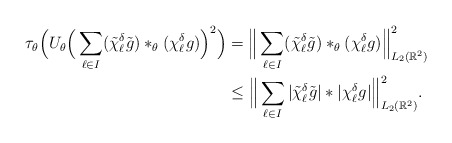
\begin{align*} \tau_\theta\Big( U_\theta\Big(\sum_{\ell\in I}(\tilde{\chi}_\ell^\delta \tilde{g})*_\theta(\chi_\ell^\delta g)\Big)^{2}\Big)&=\Big\|\sum_{\ell\in I}(\tilde{\chi}_\ell^\delta \tilde{g})*_\theta(\chi_\ell^\delta g)\Big\|_{L_2(\mathbb{R}^2)}^2\\ &\leq\Big\|\sum_{\ell\in I}|\tilde{\chi}_\ell^\delta \tilde{g}|*|\chi_\ell^\delta g|\Big\|_{L_2(\mathbb{R}^2)}^2.\\ \end{align*}